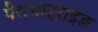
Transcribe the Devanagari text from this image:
पैराथाइराइङ